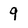
Character: 9